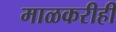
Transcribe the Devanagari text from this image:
माळकरीही